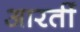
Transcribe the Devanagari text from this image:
आरतीं